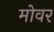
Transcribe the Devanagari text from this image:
मोवर